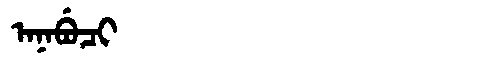
Manchu: ᠠᠨᠠᠪᡠᠴᡳ
Romanization: ANABUCI